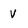
Character: V